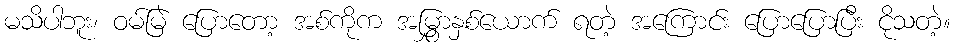
မသိပါဘူး၊ ဝမ်မြဲ ပြောတော့ အစ်ကိုက အမြွှာနှစ်ယောက် ရတဲ့ အကြောင်း ပြောပြောပြီး ငိုသတဲ့။